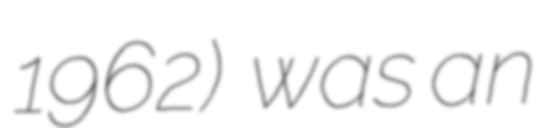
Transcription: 1962)  was an